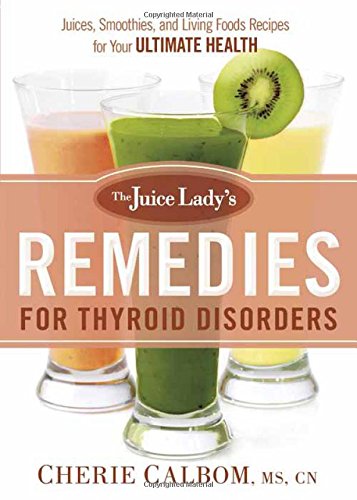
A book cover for The Juice Lady's Remedies for Thyroid Disorders: Juices, Smoothies, and Living Foods Recipes for Your Ultimate Health; Cherie Calbom  MS  CN; Health, Fitness & Dieting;